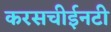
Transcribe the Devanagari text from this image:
करसचीईनटी